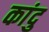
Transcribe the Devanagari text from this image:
कांदु